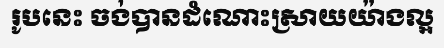
រូបនេះ ចង់បានដំណោះស្រាយយ៉ាងល្អ